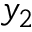
y _ { 2 }